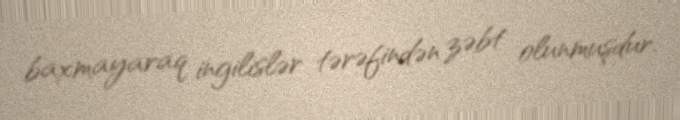
baxmayaraq ingilislər tərəfindən zəbt olunmuşdur.